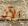
الآن